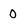
Character: 0